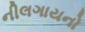
નીલગાયનો